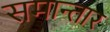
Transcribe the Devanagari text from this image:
समान्तार